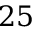
2 5